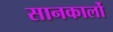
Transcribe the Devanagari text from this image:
सानकार्लो